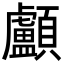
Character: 顱